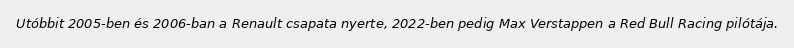
Utóbbit 2005-ben és 2006-ban a Renault csapata nyerte, 2022-ben pedig Max Verstappen a Red Bull Racing pilótája.